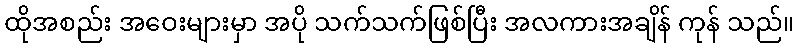
ထိုအစည်း အဝေးများမှာ အပို သက်သက်ဖြစ်ပြီး အလကားအချိန် ကုန် သည်။